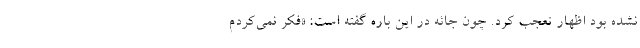
نشده بود اظهار تعجب کرد. چون جائه در این باره گفته است: «فکر نمی‌کردم